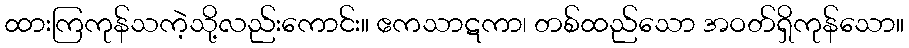
ထားကြကုန်သကဲ့သို့လည်းကောင်း။ ဧကသာဋကာ၊ တစ်ထည်သော အဝတ်ရှိကုန်သော။